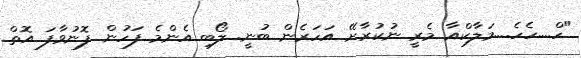
"ހް....ހެހެ....މަލާކްއާ މެރީ ނުކުރާށޭ އަހަރެން ބުނީ. ލޯބި އެންމެ ފަހުން ފޮނުވާފަ އޮތް